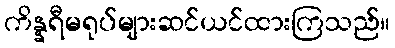
ကိန္နရီမရုပ်များဆင်ယင်ထားကြသည်။